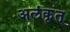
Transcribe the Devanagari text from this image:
अलंकृत्‌